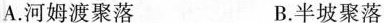
A.河姆渡聚落 B.半坡聚落